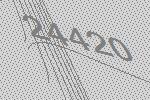
24420